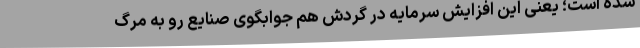
شده است؛ یعنی این افزایش سرمایه در گردش هم جوابگوی صنایع رو به مرگ